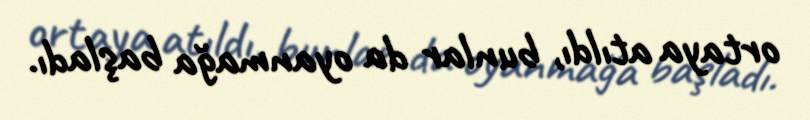
ortaya atıldı, bunlar da oyanmağa başladı.